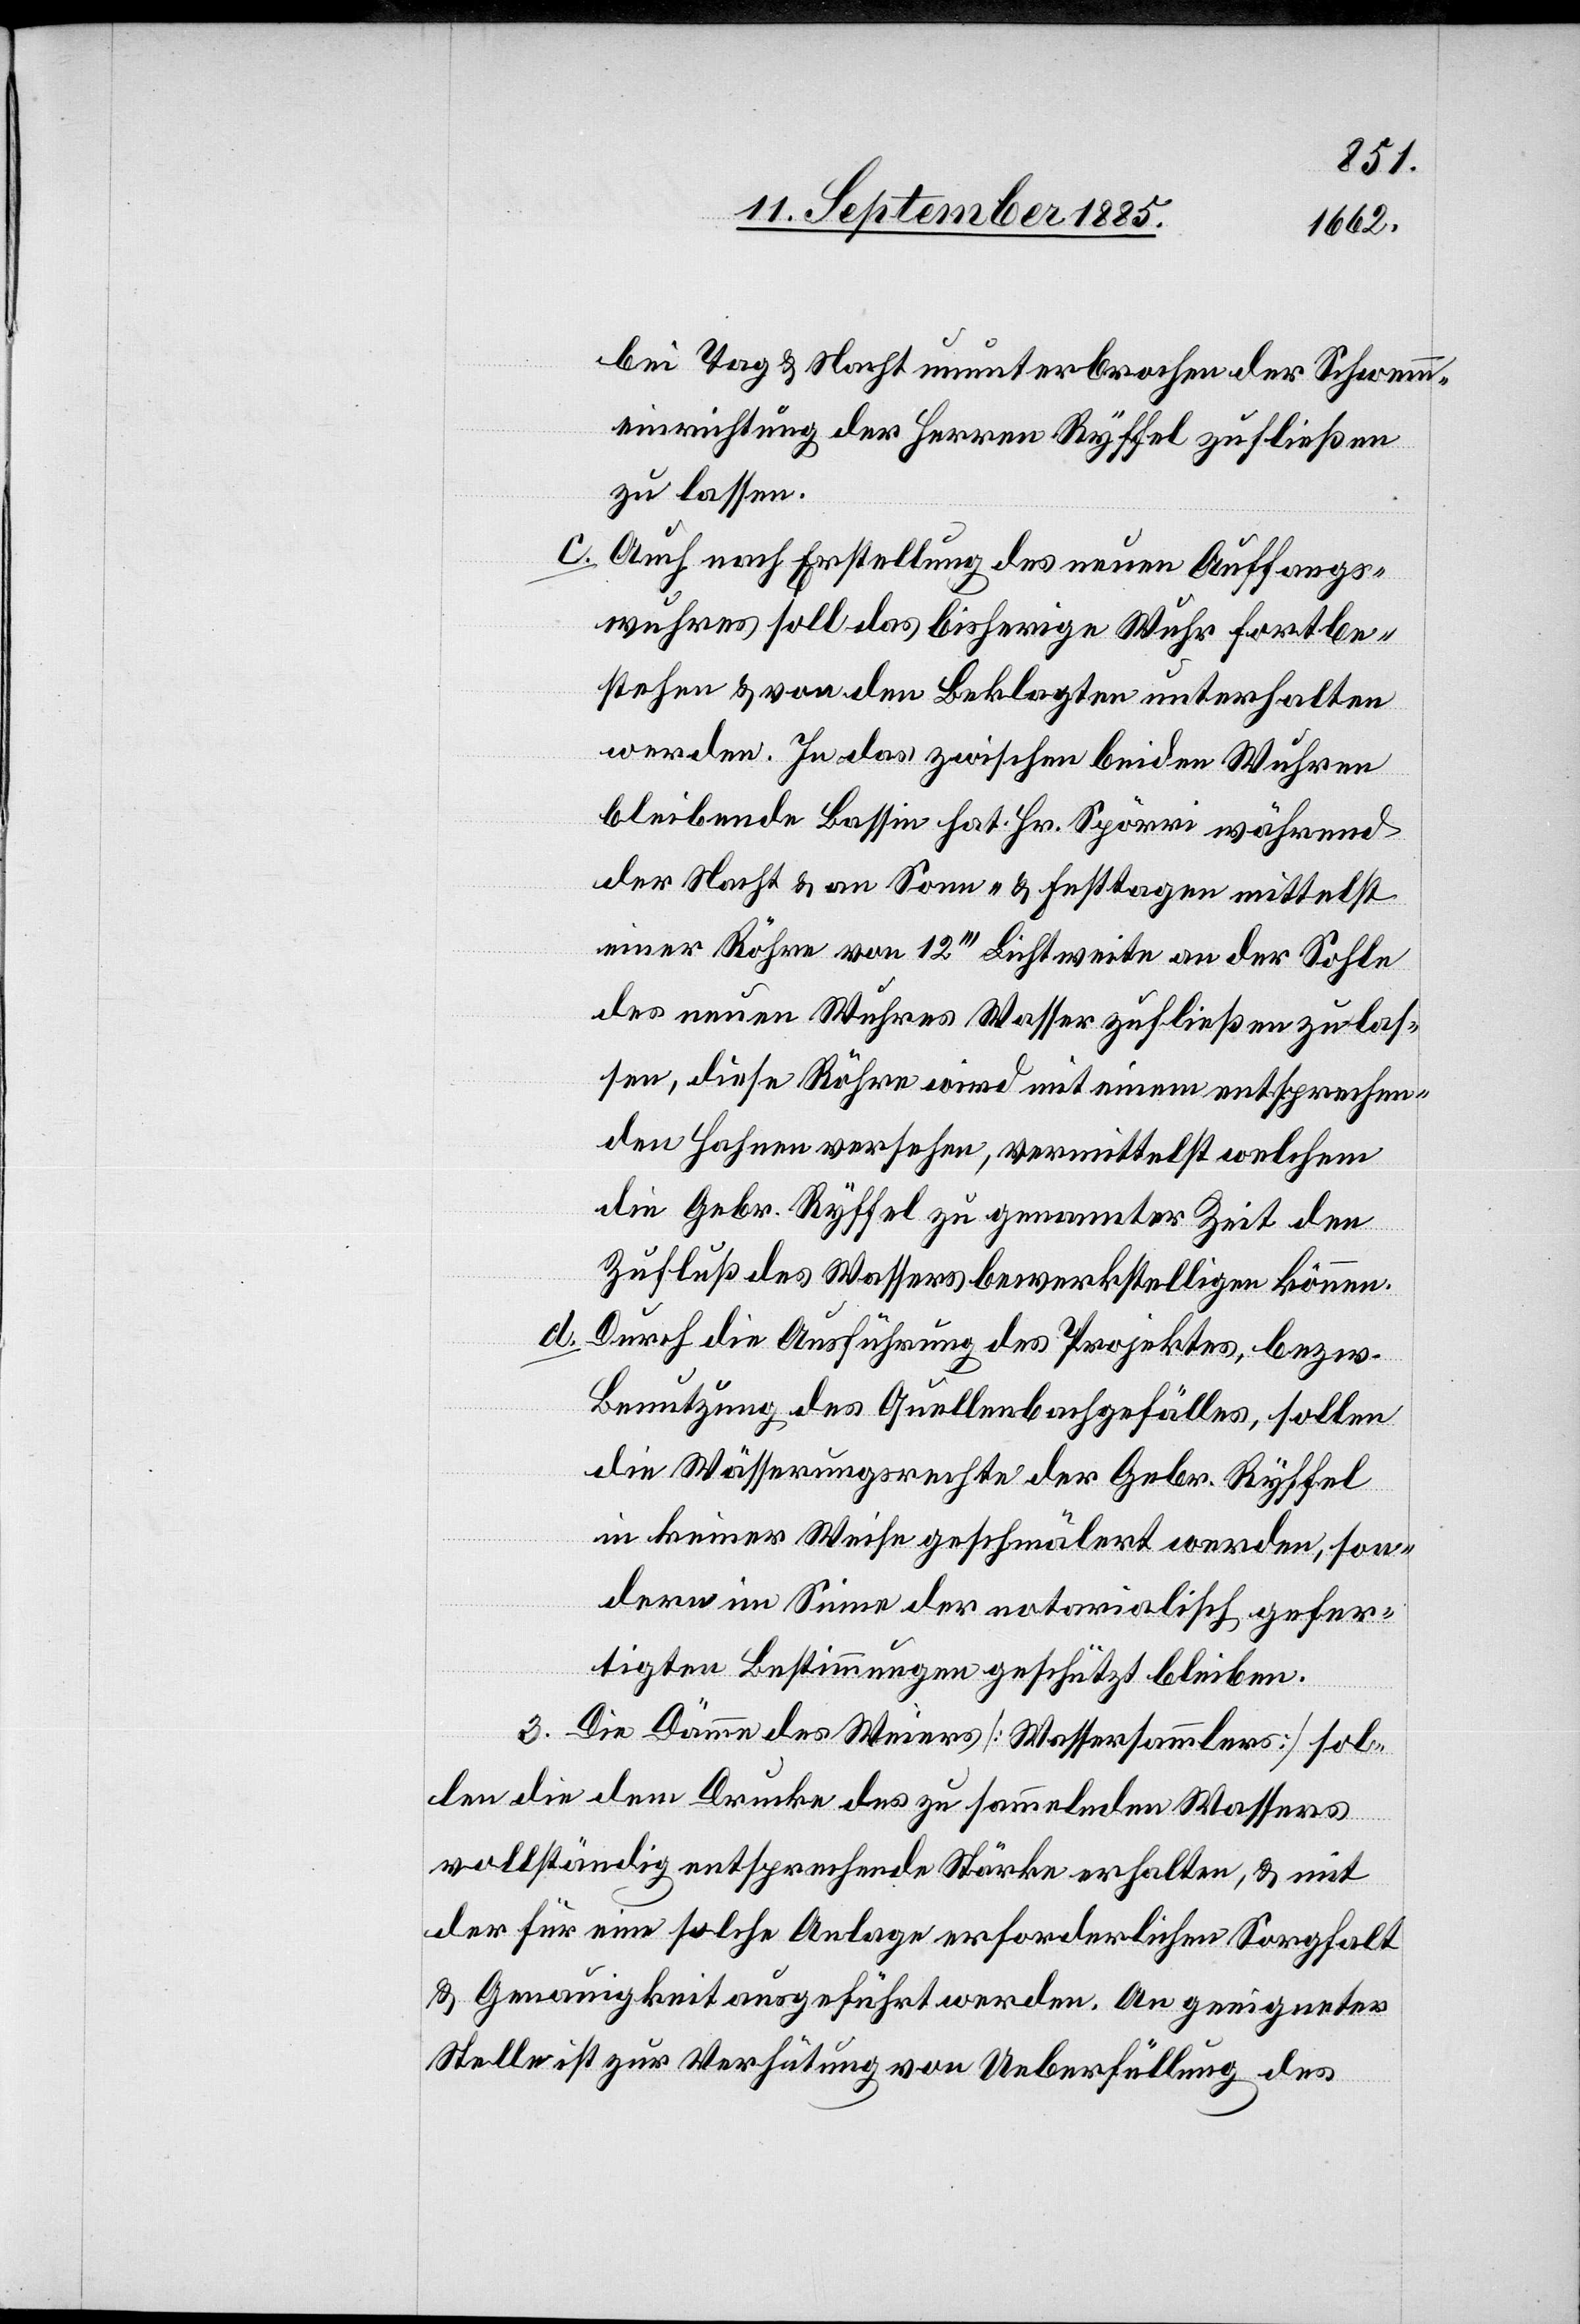
bei Tag & Nacht ununterbrochen der Schwemm¬
einrichtung der Herren Ryffel zufließen
zu lassen.
c. Auch nach Erstellung des neuen Auffangs¬
wuhres soll das bisherige Wuhr fortbe¬
stehen & von den Beklagten unterhalten
werden. In das zwischen beiden Wuhren
bleibende Bassin hat Hr. Spörri während
der Nacht & an Sonn- & Festtagen mittelst
einer Röhre von 12“ Lichtweite an der Sohle
des neuen Wuhres Wasser zufließen zu las¬
sen, diese Röhre wird mit einem entsprechen¬
den Hahnen versehen, vermittelst welchem
die Gebr. Ryffel zu genannter Zeit den
Zufluß des Wassers bewerkstelligen können.
d.
Durch die Ausführung des Projektes, bezw.
Benutzung des Quellenbachgefälles, sollen
die Wässerungsrechte der Gebr. Ryffel
in keiner Weise geschmälert werden, son¬
dern im Sinne der notarialisch gefer¬
tigten Bestimmungen geschützt bleiben.
3. Die Dämme des Weiers [Wassersammlers] sol¬
len die dem Drucke des zu sammelnden Wassers
vollständig entsprechende Stärke erhalten, & mit
der für eine solche Anlage erforderlichen Sorgfalt
& Genauigkeit ausgeführt werden. An geeigneter
Stelle ist zur Verhütung von Ueberfüllung des